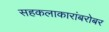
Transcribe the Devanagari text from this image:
सहकलाकारांबरोबर